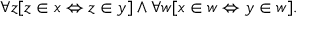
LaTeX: \forall z [ z \in x \Leftrightarrow z \in y ] \land \forall w [ x \in w \Leftrightarrow y \in w ] .